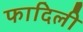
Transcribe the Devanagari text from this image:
फादिली